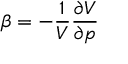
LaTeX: \beta = - { \frac { 1 } { V } } { \frac { \partial V } { \partial p } }